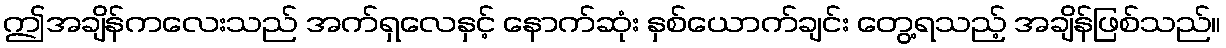
ဤအချိန်ကလေးသည် အက်ရှလေနှင့် နောက်ဆုံး နှစ်ယောက်ချင်း တွေ့ရသည့် အချိန်ဖြစ်သည်။